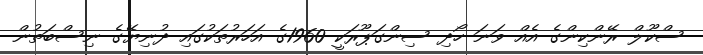
ސްކޫލް ރޭންކިންގެ އެއް ވަނަ ހޯދި ސިންގަޕޫރަކީ 1960ގެ އަހަރުތަކުގައި ދުނިޔޭގެ ނިސްބަތުން